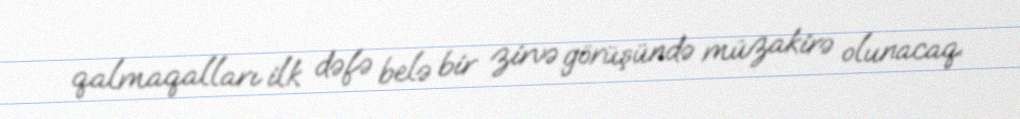
qalmaqalları ilk dəfə belə bir zirvə görüşündə müzakirə olunacaq.